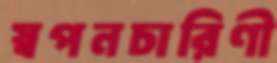
স্বপনচারিণী